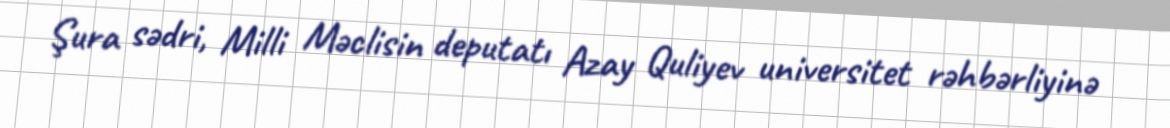
Şura sədri, Milli Məclisin deputatı Azay Quliyev universitet rəhbərliyinə